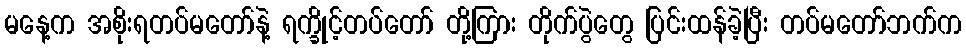
မနေ့က အစိုးရတပ်မတော်နဲ့ ရက္ခိုင့်တပ်တော် တို့ကြား တိုက်ပွဲတွေ ပြင်းထန်ခဲ့ပြီး တပ်မတော်ဘက်က